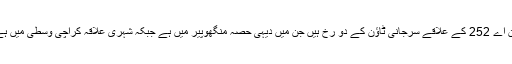
این اے 252 کے علاقے سرجانی ٹاؤن کے دو رخ ہیں جن میں دیہی حصہ منگھوپیر میں ہے جبکہ شہری علاقہ کراچی وسطی میں ہے۔